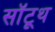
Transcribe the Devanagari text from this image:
सॉटूथ